Civil Veterinary Department. United Provinces 1932-42 - 1932-1942
Year: 1932
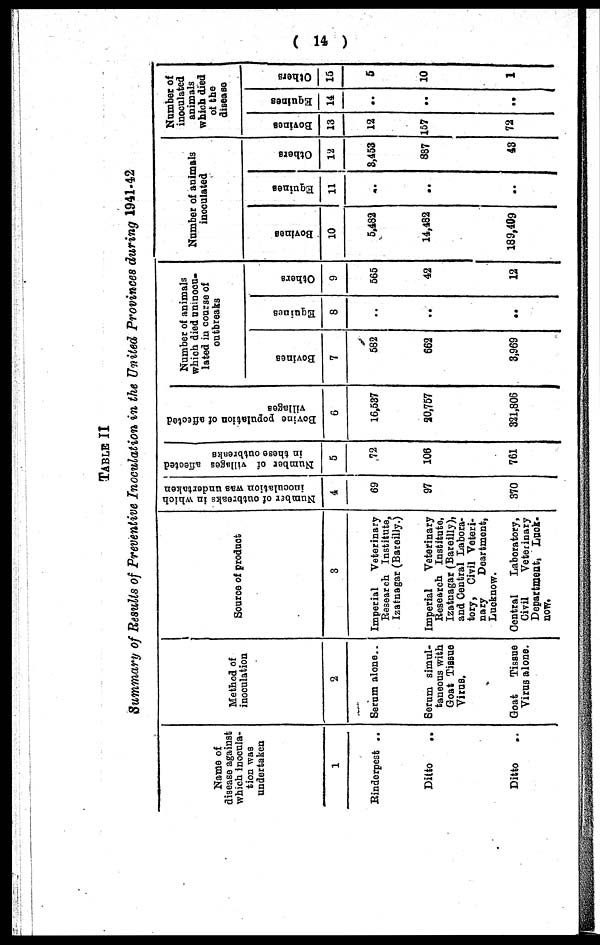
( 14 )
TABLE II
Summary of Results of Preventive Inoculation in the United Provinces during 1941-42
Name of
disease against
which inocula-
tion was
undertaken
1
Rinderpest ..
Ditto ..
Ditto ..
Method of
inoculation
2
Serum alone..
Serum simul-
taneous with
Goat Tissue
Virus.
Goat
Tissue
Virus alone.
Source of product
3
Imperial
Veterinary
Research Institute,
Izatnagar (Bareilly.)
Imperial
Veterinary
Research Institute,
Izatnagar (Bareilly),
and Central Labora-
tory, Civil Veteri-
nary
Deartment,
Lucknow.
Central
Laboratory,
Civil
Veterinary
Department, Luok-
now.
Number of outbreaks in which
inoculation was undertaken
4
69
97
370
Number of villages affected
in these outbreaks
5
72
106
761
Bovine population of affected
villages
6
16,537
20,757
321,806
Number of animals
which died uninocu-
lated in coarse of
outbreaks
Bovines
7
582
662
3,969
Equines
8
..
..
..
Others
9
565
42
12
Number of animals
inoculated
Bovines
10
5,482
14,482
189,409
Equines
11
..
..
..
Others
12
8,453
887
43
Number of
inoculated
animals
which died
of the
disease
Bovines
13
12
157
72
Equines
14
..
..
..
Others
15
5
10
1